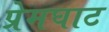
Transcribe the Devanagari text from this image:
प्रेमघाट